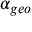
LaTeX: \ \alpha _ { g e o }